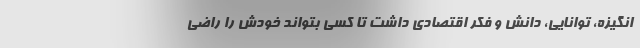
انگیزه، توانایی، دانش و فکر اقتصادی داشت تا کسی بتواند خودش را راضی